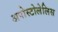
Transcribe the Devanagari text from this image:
अपोस्टोलेलिस